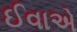
ઈવાએ